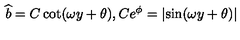
\widehat { b } = C \cot ( \omega y + \theta ) , C e ^ { \phi } = \left| \sin ( \omega y + \theta ) \right|